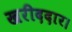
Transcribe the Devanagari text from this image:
खरीददार।